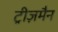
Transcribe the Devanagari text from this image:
ट्रीज़मैन